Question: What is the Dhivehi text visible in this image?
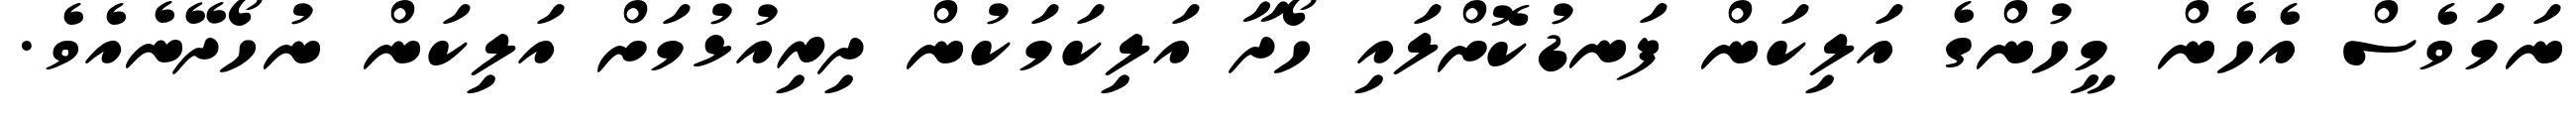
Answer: ނަމަވެސް އެހެން މީހުންގެ އަލިކަން ފަނޑުކޮށްލައި ހޯދާ އަލިކަމަކުން ދިރިއުޅުމަށް އަލިކަން ނުހޯދޭނެއެވެ.